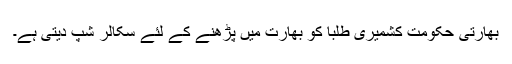
بھارتی حکومت کشمیری طلبا کو بھارت میں پڑھنے کے لئے سکالر شپ دیتی ہے۔